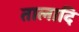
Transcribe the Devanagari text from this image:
तालादि